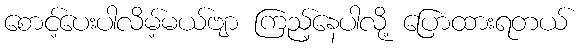
စောင့်ပေးပါလိမ့်မယ်ဗျာ ကြည့်နေပါလို့ ပြောထားရတယ်